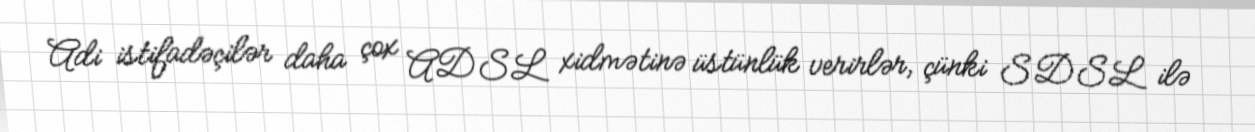
Adi istifadəçilər daha çox ADSL xidmətinə üstünlük verirlər, çünki SDSL ilə